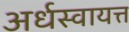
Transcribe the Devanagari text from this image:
अर्धस्वायत्त